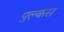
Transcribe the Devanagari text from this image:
पुल्कस